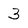
Character: 3